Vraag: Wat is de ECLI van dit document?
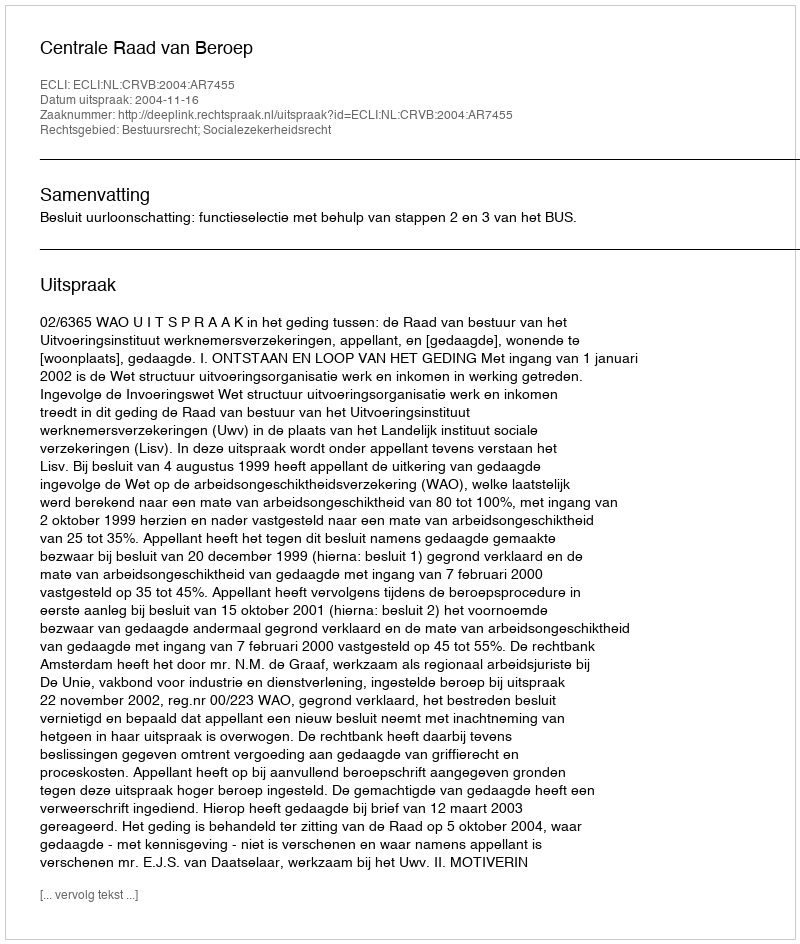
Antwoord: ECLI:NL:CRVB:2004:AR7455